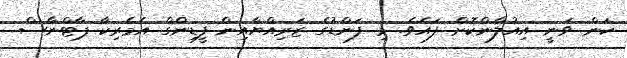
ކަން ވަނީ އިއުލާންކޮށް ފައެވެ. މި ފަންޑުގެ ޒަރިއްޔާއިން ފީޑިންގް އެމެރިކާ ޕާޓްނާސް